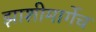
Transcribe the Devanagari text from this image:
झाशीमार्गेच